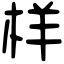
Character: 样